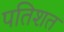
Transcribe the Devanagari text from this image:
पतिशत